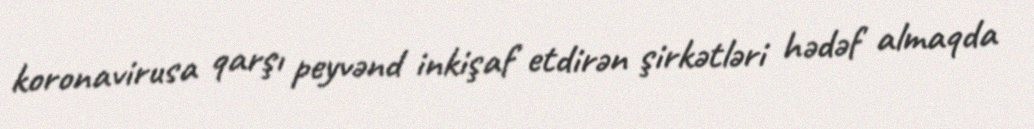
koronavirusa qarşı peyvənd inkişaf etdirən şirkətləri hədəf almaqda